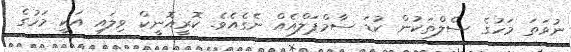
ނުވަތަ މަހުގެ ސެލްތަކުން ކުޑަ ސާމްޕަލްއެއް ނެގެއެވެ. ކޮރީއޮނީކް ވިލައި އަކީ މަހުގެ